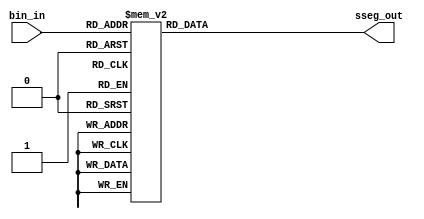
module bcd_to_seven(
  input  wire [3:0] bin_in,
  output reg  [7:0] sseg_out
);
  always @* begin
    case(bin_in)
      4'b0000: sseg_out = 8'b11000000; // 0
      4'b0001: sseg_out = 8'b11111001; // 1
      4'b0010: sseg_out = 8'b10100100; // 2
      4'b0011: sseg_out = 8'b10110000; // 3
      4'b0100: sseg_out = 8'b10011001; // 4
      4'b0101: sseg_out = 8'b10010010; // 5
      4'b0110: sseg_out = 8'b10000010; // 6
      4'b0111: sseg_out = 8'b11111000; // 7
      4'b1000: sseg_out = 8'b10000000; // 8
      4'b1001: sseg_out = 8'b10010000; // 9
      4'b1010: sseg_out = 8'b10001000; // A
      4'b1011: sseg_out = 8'b10000011; // B
      4'b1100: sseg_out = 8'b11000110; // C
      4'b1101: sseg_out = 8'b10100001; // D
      4'b1110: sseg_out = 8'b10000110; // E
      4'b1111: sseg_out = 8'b10001110; // F
      default: sseg_out = 8'b11111111; // Off
    endcase
  end
endmodule